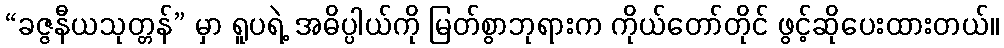
“ခဇ္ဇနီယသုတ္တန်” မှာ ရူပရဲ့ အဓိပ္ပါယ်ကို မြတ်စွာဘုရားက ကိုယ်တော်တိုင် ဖွင့်ဆိုပေးထားတယ်။